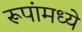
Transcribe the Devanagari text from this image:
रूपांमध्ये